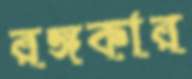
রঙ্গকার